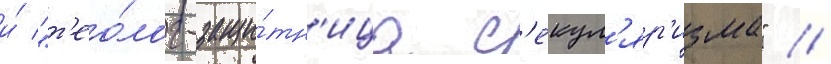
и́ "т'ео́лог-защи́тн'ица с'екул'яр'изма" //